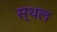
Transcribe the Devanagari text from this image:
स्थल